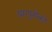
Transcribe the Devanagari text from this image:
यमपुरीको